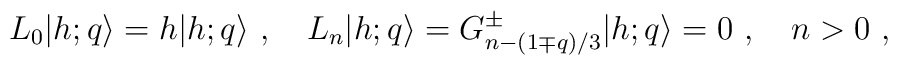
L_0\vert h;q\rangle=h\vert h;q\rangle{}~,{}~{}~{}~L_n\vert h;q\rangle= G^{\pm}_{n-(1\mp q)/3}\vert h;q\rangle=0{}~,{}~{}~{}~n>0{}~,